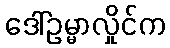
ဒေါ်ဥမ္မာလှိုင်က